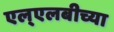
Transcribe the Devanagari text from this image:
एल्‌एलबीच्या